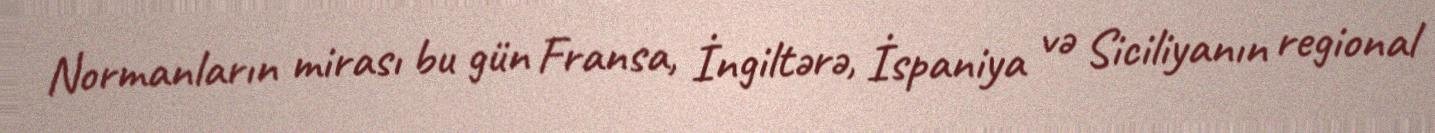
Normanların mirası bu gün Fransa, İngiltərə, İspaniya və Siciliyanın regional